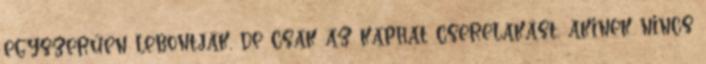
egyszerűen lebontják, de csak az kaphat cserelakást, akinek nincs